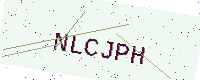
Text: NLCJPH